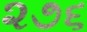
૨૭૬